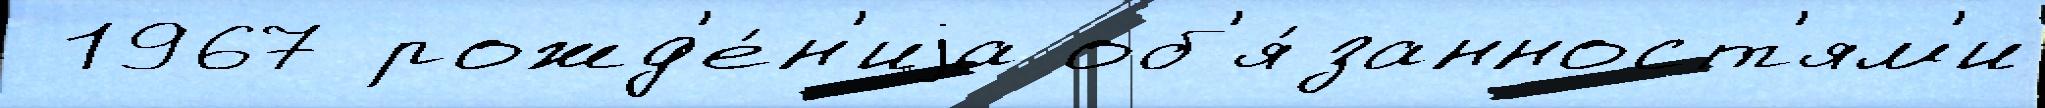
 1967 рожд'е́н'иjа об'я́занност'ям'и